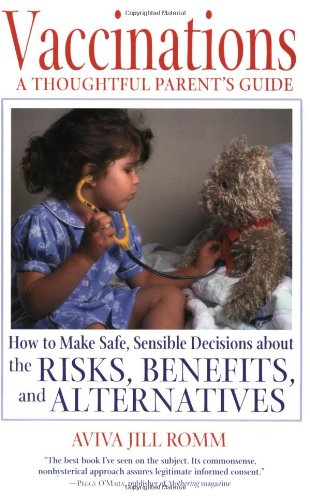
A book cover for Vaccinations: A Thoughtful Parent's Guide: How to Make Safe,  Sensible Decisions about the Risks, Benefits, and Alternatives; Aviva Jill Romm; Medical Books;